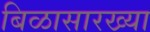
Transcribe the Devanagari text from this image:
बिळासारख्या